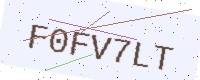
Text: F0FV7LT